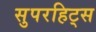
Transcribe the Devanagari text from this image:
सुपरहिट्स